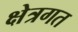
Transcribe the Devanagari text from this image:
क्षेत्रगत